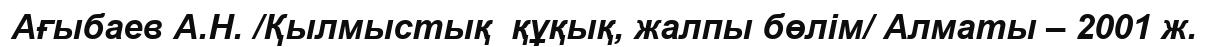
Aғыбаев А.Н. /Қылмыстық  құқық, жалпы бөлім/ Алматы – 2001 ж.